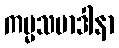
ကမ္မသမာဒါနာ